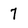
Character: 7